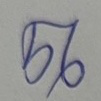
56